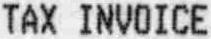
TAX INVOICE